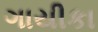
ગાયીકા